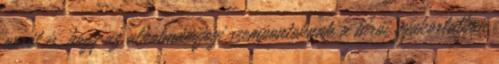
arról is, hogy az alkotmányjogi szempontoknak a bírói gyakorlatban